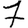
Digit: 7